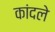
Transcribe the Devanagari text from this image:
कांदले